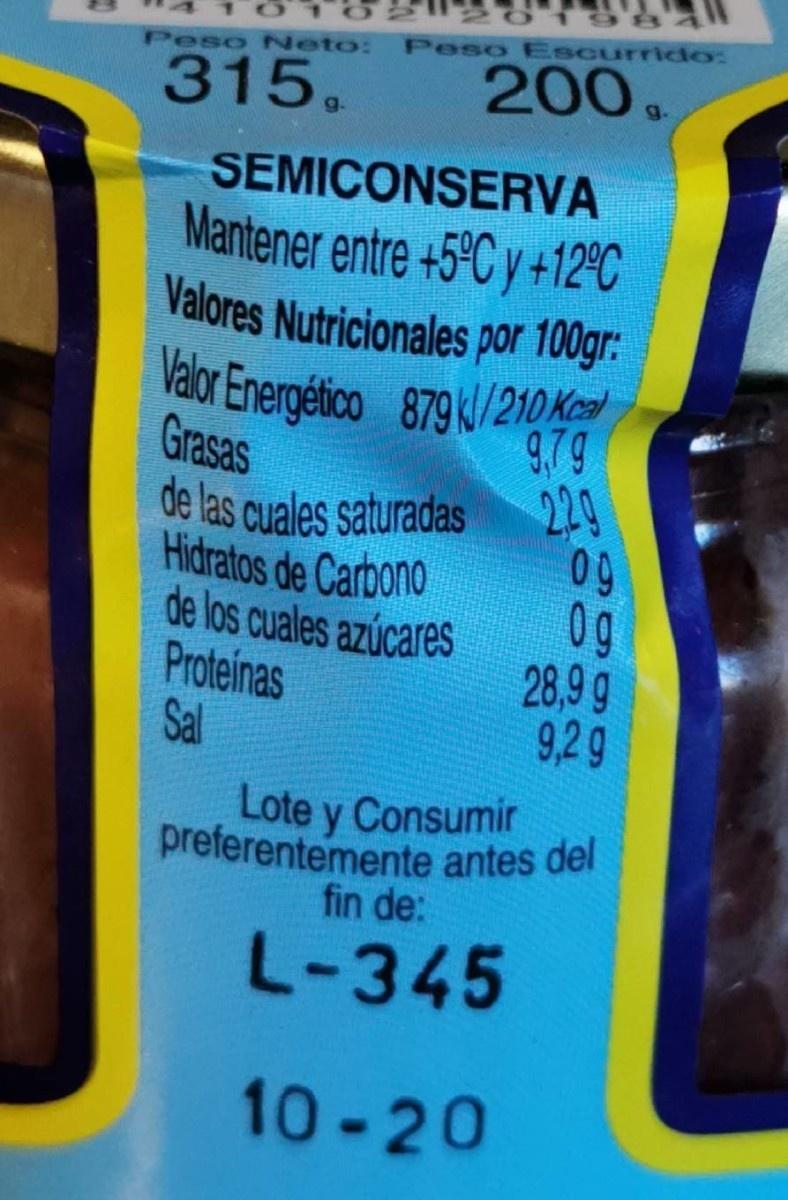
Peso Escurrido:
Peso Neto:
315.
200.
SEMICONSERVA Marntener entre +5°C y +12°C Valores Nutricionales por 100gr:
Valor Energético 879k/210Ked 9,79
Grasas
de las cuales saturadas 09
229 Hidratos de Carbono
de los cuales azúcares
0g
Proteinas Sal
28,9 g 9,2g
Lote y Consumir preferentemente antes del fin de:
L-345
10-20